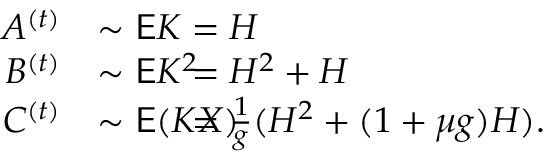
\begin{array} { r l r l } { A ^ { ( t ) } } & { \sim \mathsf E K } & & { \! \! \! \! \! \! \! \! \! \! \! \! \! \! \! \! \! \! \! \! = H } \\ { B ^ { ( t ) } } & { \sim \mathsf E K ^ { 2 } } & & { \! \! \! \! \! \! \! \! \! \! \! \! \! \! \! \! \! \! \! \! = H ^ { 2 } + H } \\ { C ^ { ( t ) } } & { \sim \mathsf E ( K X ) } & & { \! \! \! \! \! \! \! \! \! \! \! \! \! \! \! \! \! \! \! \! = \frac { 1 } { g } ( H ^ { 2 } + ( 1 + \mu g ) H ) . } \end{array}